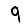
Digit: 9